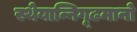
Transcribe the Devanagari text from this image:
स्थेयान्निगूढमानो